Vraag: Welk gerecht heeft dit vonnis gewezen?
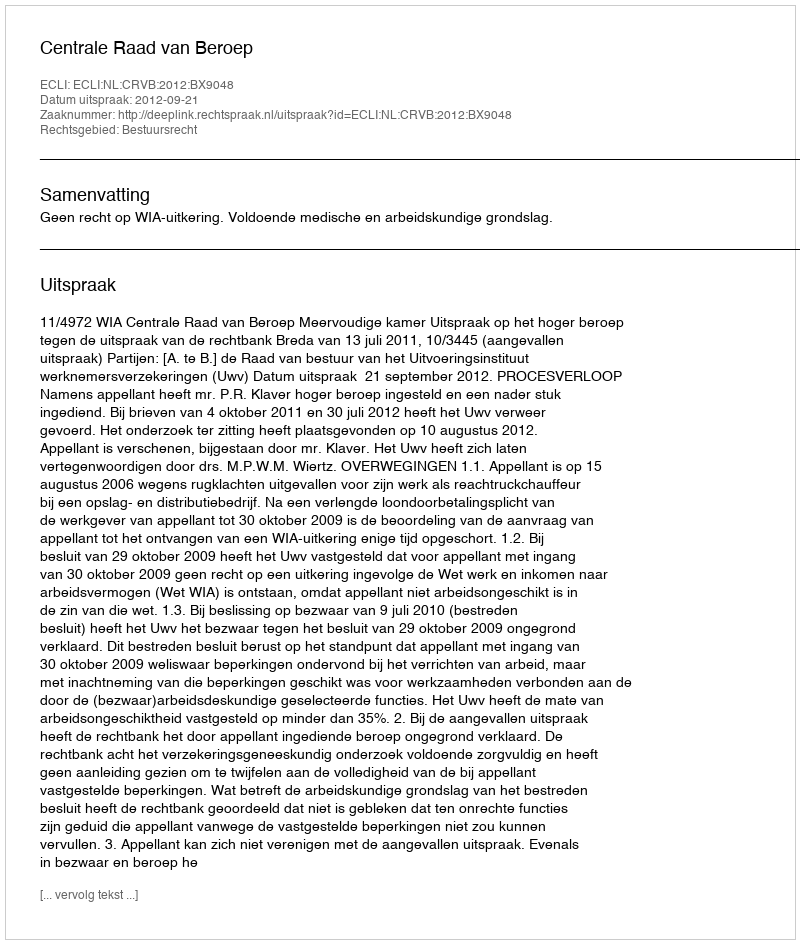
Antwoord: Centrale Raad van Beroep